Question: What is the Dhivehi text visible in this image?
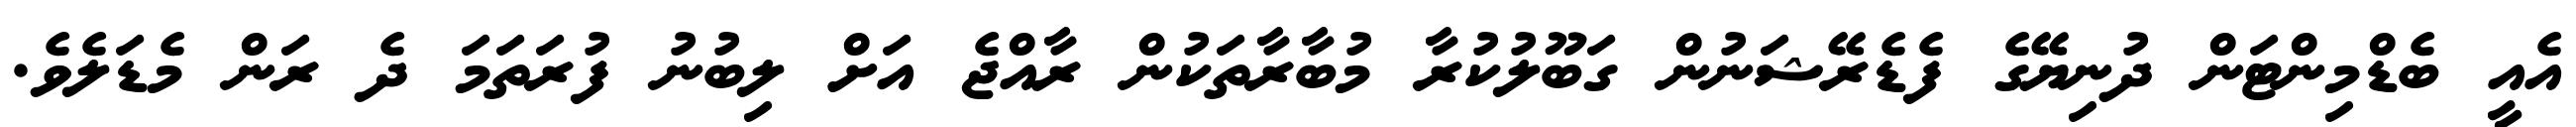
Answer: އެއީ ބެޑްމިންޓަން ދުނިޔޭގެ ފެޑެރޭޝަނުން ގަބޫލުކުރާ މުބާރާތަކުން ރާއްޖެ އަށް ލިބުނު ފުރަތަމަ ދެ ރަން މެޑަލެވެ.